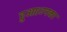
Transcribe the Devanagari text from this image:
हुआ।उनका